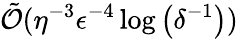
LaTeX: \tilde{\mathcal{O}}(\eta^{-3}\epsilon^{-4}\log\left(\delta^{-1}\right))